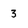
Character: 3